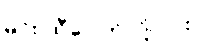
မင်း ထီပေါက်လို့လား။